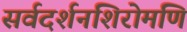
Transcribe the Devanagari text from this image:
सर्वदर्शनशिरोमणि